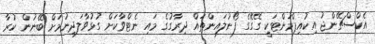
އެކްސްޗޭންޖު އިކުއިޕްމަންޓަކީ ގޭގޭގެ ފޯނުލައިންތައް ދިރާގުގެ މައި ނެޓްވާކަށް ގުޅުވާލަދިނުމަށް ބޭނުން ކުރާ